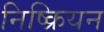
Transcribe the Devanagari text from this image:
निष्क्रियन